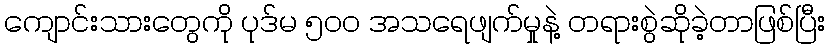
ကျောင်းသားတွေကို ပုဒ်မ ၅ဝဝ အသရေဖျက်မှုနဲ့ တရားစွဲဆိုခဲ့တာဖြစ်ပြီး